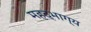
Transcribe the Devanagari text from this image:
महद्‌भाग्य